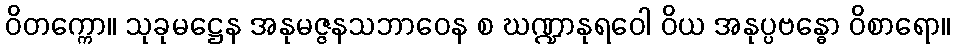
ဝိတက္ကော။ သုခုမဋ္ဌေန အနုမဇ္ဇနသဘာဝေန စ ဃဏ္ဍာနုရဝေါ ဝိယ အနုပ္ပဗန္ဓော ဝိစာရော။